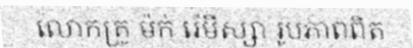
លោកគ្រូ ម៉ក់ រ៉េមីស្សា រូបភាពពិត